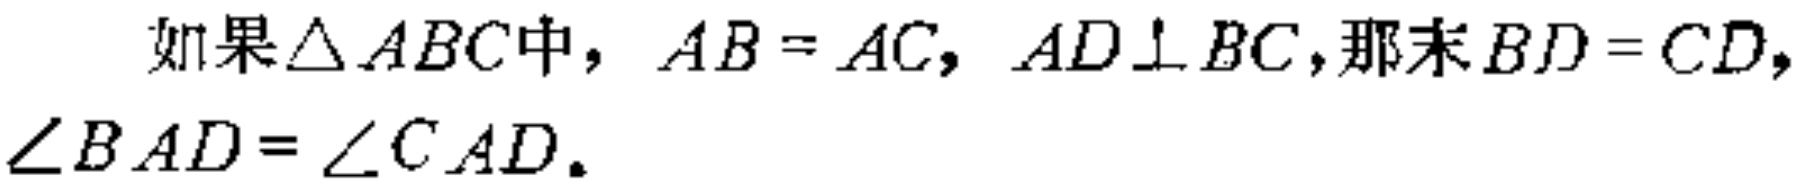
如果$\triangle ABC$中，$AB = AC$，$AD\perp BC$，那末$BD = CD$，$\angle BAD=\angle CAD$。